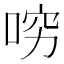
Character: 𠴛